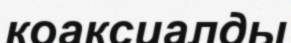
коаксиалды